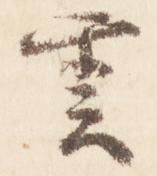
雲